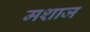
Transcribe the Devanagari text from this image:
मशाज